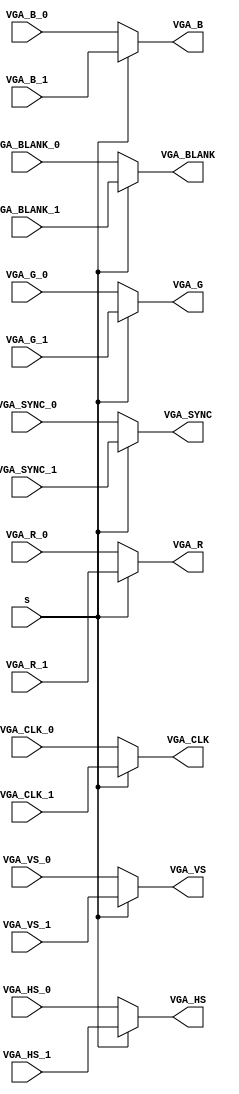
module vga_adapter_mux (
   input       s,
   input [9:0] VGA_R_0,
   input [9:0] VGA_G_0,
   input [9:0] VGA_B_0,
   input       VGA_HS_0,
   input       VGA_VS_0,
   input       VGA_BLANK_0,
   input       VGA_SYNC_0,
   input       VGA_CLK_0,

   input [9:0] VGA_R_1,
   input [9:0] VGA_G_1,
   input [9:0] VGA_B_1,
   input       VGA_HS_1,
   input       VGA_VS_1,
   input       VGA_BLANK_1,
   input       VGA_SYNC_1,
   input       VGA_CLK_1, 
 
   output reg [9:0] VGA_R,
   output reg [9:0] VGA_G,	
   output reg [9:0] VGA_B,
   output reg       VGA_HS,
   output reg       VGA_VS,		
   output reg       VGA_BLANK,
   output reg       VGA_SYNC,
   output reg       VGA_CLK
   );
   
   always @(*)
      if (s) begin
         VGA_R     = VGA_R_1;		   		
         VGA_G     = VGA_G_1;		   		
         VGA_B     = VGA_B_1;		      		
         VGA_HS    = VGA_HS_1;		   
         VGA_VS    = VGA_VS_1;		   
         VGA_BLANK = VGA_BLANK_1;	   
         VGA_SYNC  = VGA_SYNC_1;	   
         VGA_CLK   = VGA_CLK_1;		   
      end
      else begin
         VGA_R     = VGA_R_0;		   		
         VGA_G     = VGA_G_0;		   		
         VGA_B     = VGA_B_0;		      		
         VGA_HS    = VGA_HS_0;		   
         VGA_VS    = VGA_VS_0;		   
         VGA_BLANK = VGA_BLANK_0;	   
         VGA_SYNC  = VGA_SYNC_0;	   
         VGA_CLK   = VGA_CLK_0;		   
      end
      
endmodule